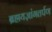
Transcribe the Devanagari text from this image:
ब्रह्मयज्ञांगतर्पण